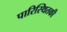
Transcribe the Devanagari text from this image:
पारिस्थितकी